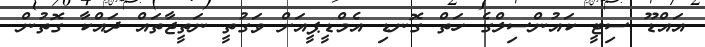
އައްޑޫ ސިޓީ ކައުންސިލްގެ ހަތް ގޮނޑި އެމްޑީޕީއަށް ވަގުތީ ނަތީޖާތައް ދައްކާ ގޮތުން